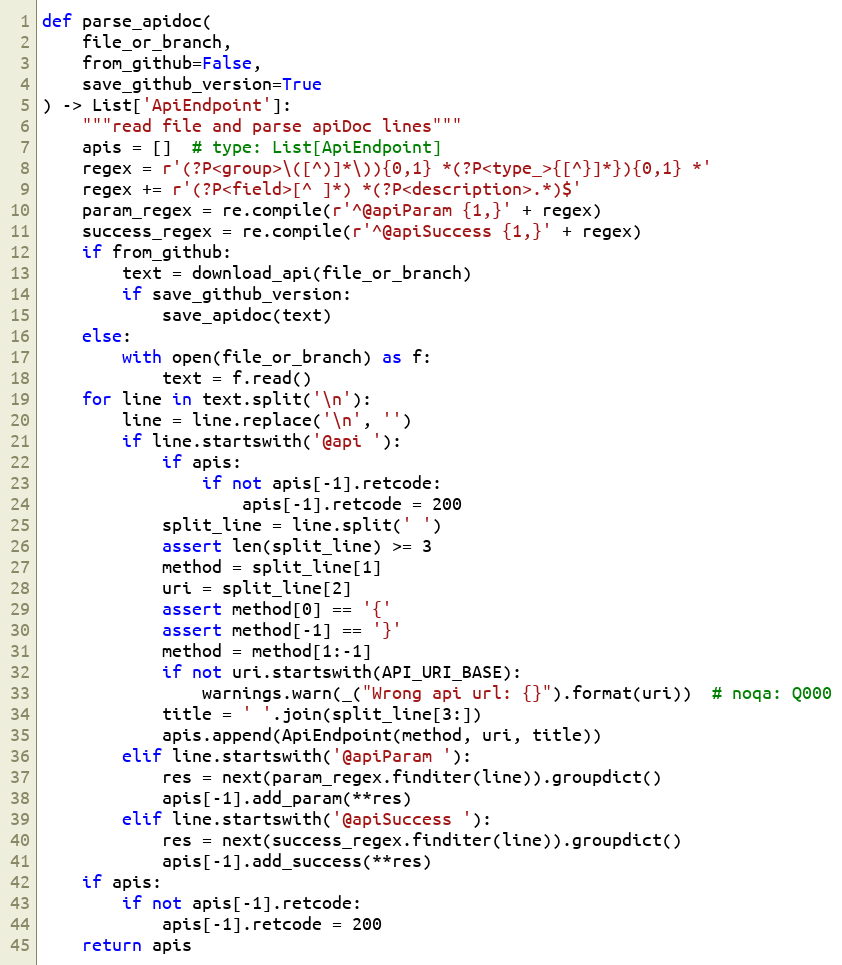
Language: Python
def parse_apidoc(
    file_or_branch,
    from_github=False,
    save_github_version=True
) -> List['ApiEndpoint']:
    """read file and parse apiDoc lines"""
    apis = []  # type: List[ApiEndpoint]
    regex = r'(?P<group>\([^)]*\)){0,1} *(?P<type_>{[^}]*}){0,1} *'
    regex += r'(?P<field>[^ ]*) *(?P<description>.*)$'
    param_regex = re.compile(r'^@apiParam {1,}' + regex)
    success_regex = re.compile(r'^@apiSuccess {1,}' + regex)
    if from_github:
        text = download_api(file_or_branch)
        if save_github_version:
            save_apidoc(text)
    else:
        with open(file_or_branch) as f:
            text = f.read()
    for line in text.split('\n'):
        line = line.replace('\n', '')
        if line.startswith('@api '):
            if apis:
                if not apis[-1].retcode:
                    apis[-1].retcode = 200
            split_line = line.split(' ')
            assert len(split_line) >= 3
            method = split_line[1]
            uri = split_line[2]
            assert method[0] == '{'
            assert method[-1] == '}'
            method = method[1:-1]
            if not uri.startswith(API_URI_BASE):
                warnings.warn(_("Wrong api url: {}").format(uri))  # noqa: Q000
            title = ' '.join(split_line[3:])
            apis.append(ApiEndpoint(method, uri, title))
        elif line.startswith('@apiParam '):
            res = next(param_regex.finditer(line)).groupdict()
            apis[-1].add_param(**res)
        elif line.startswith('@apiSuccess '):
            res = next(success_regex.finditer(line)).groupdict()
            apis[-1].add_success(**res)
    if apis:
        if not apis[-1].retcode:
            apis[-1].retcode = 200
    return apis